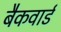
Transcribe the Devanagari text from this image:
बैकवार्ड